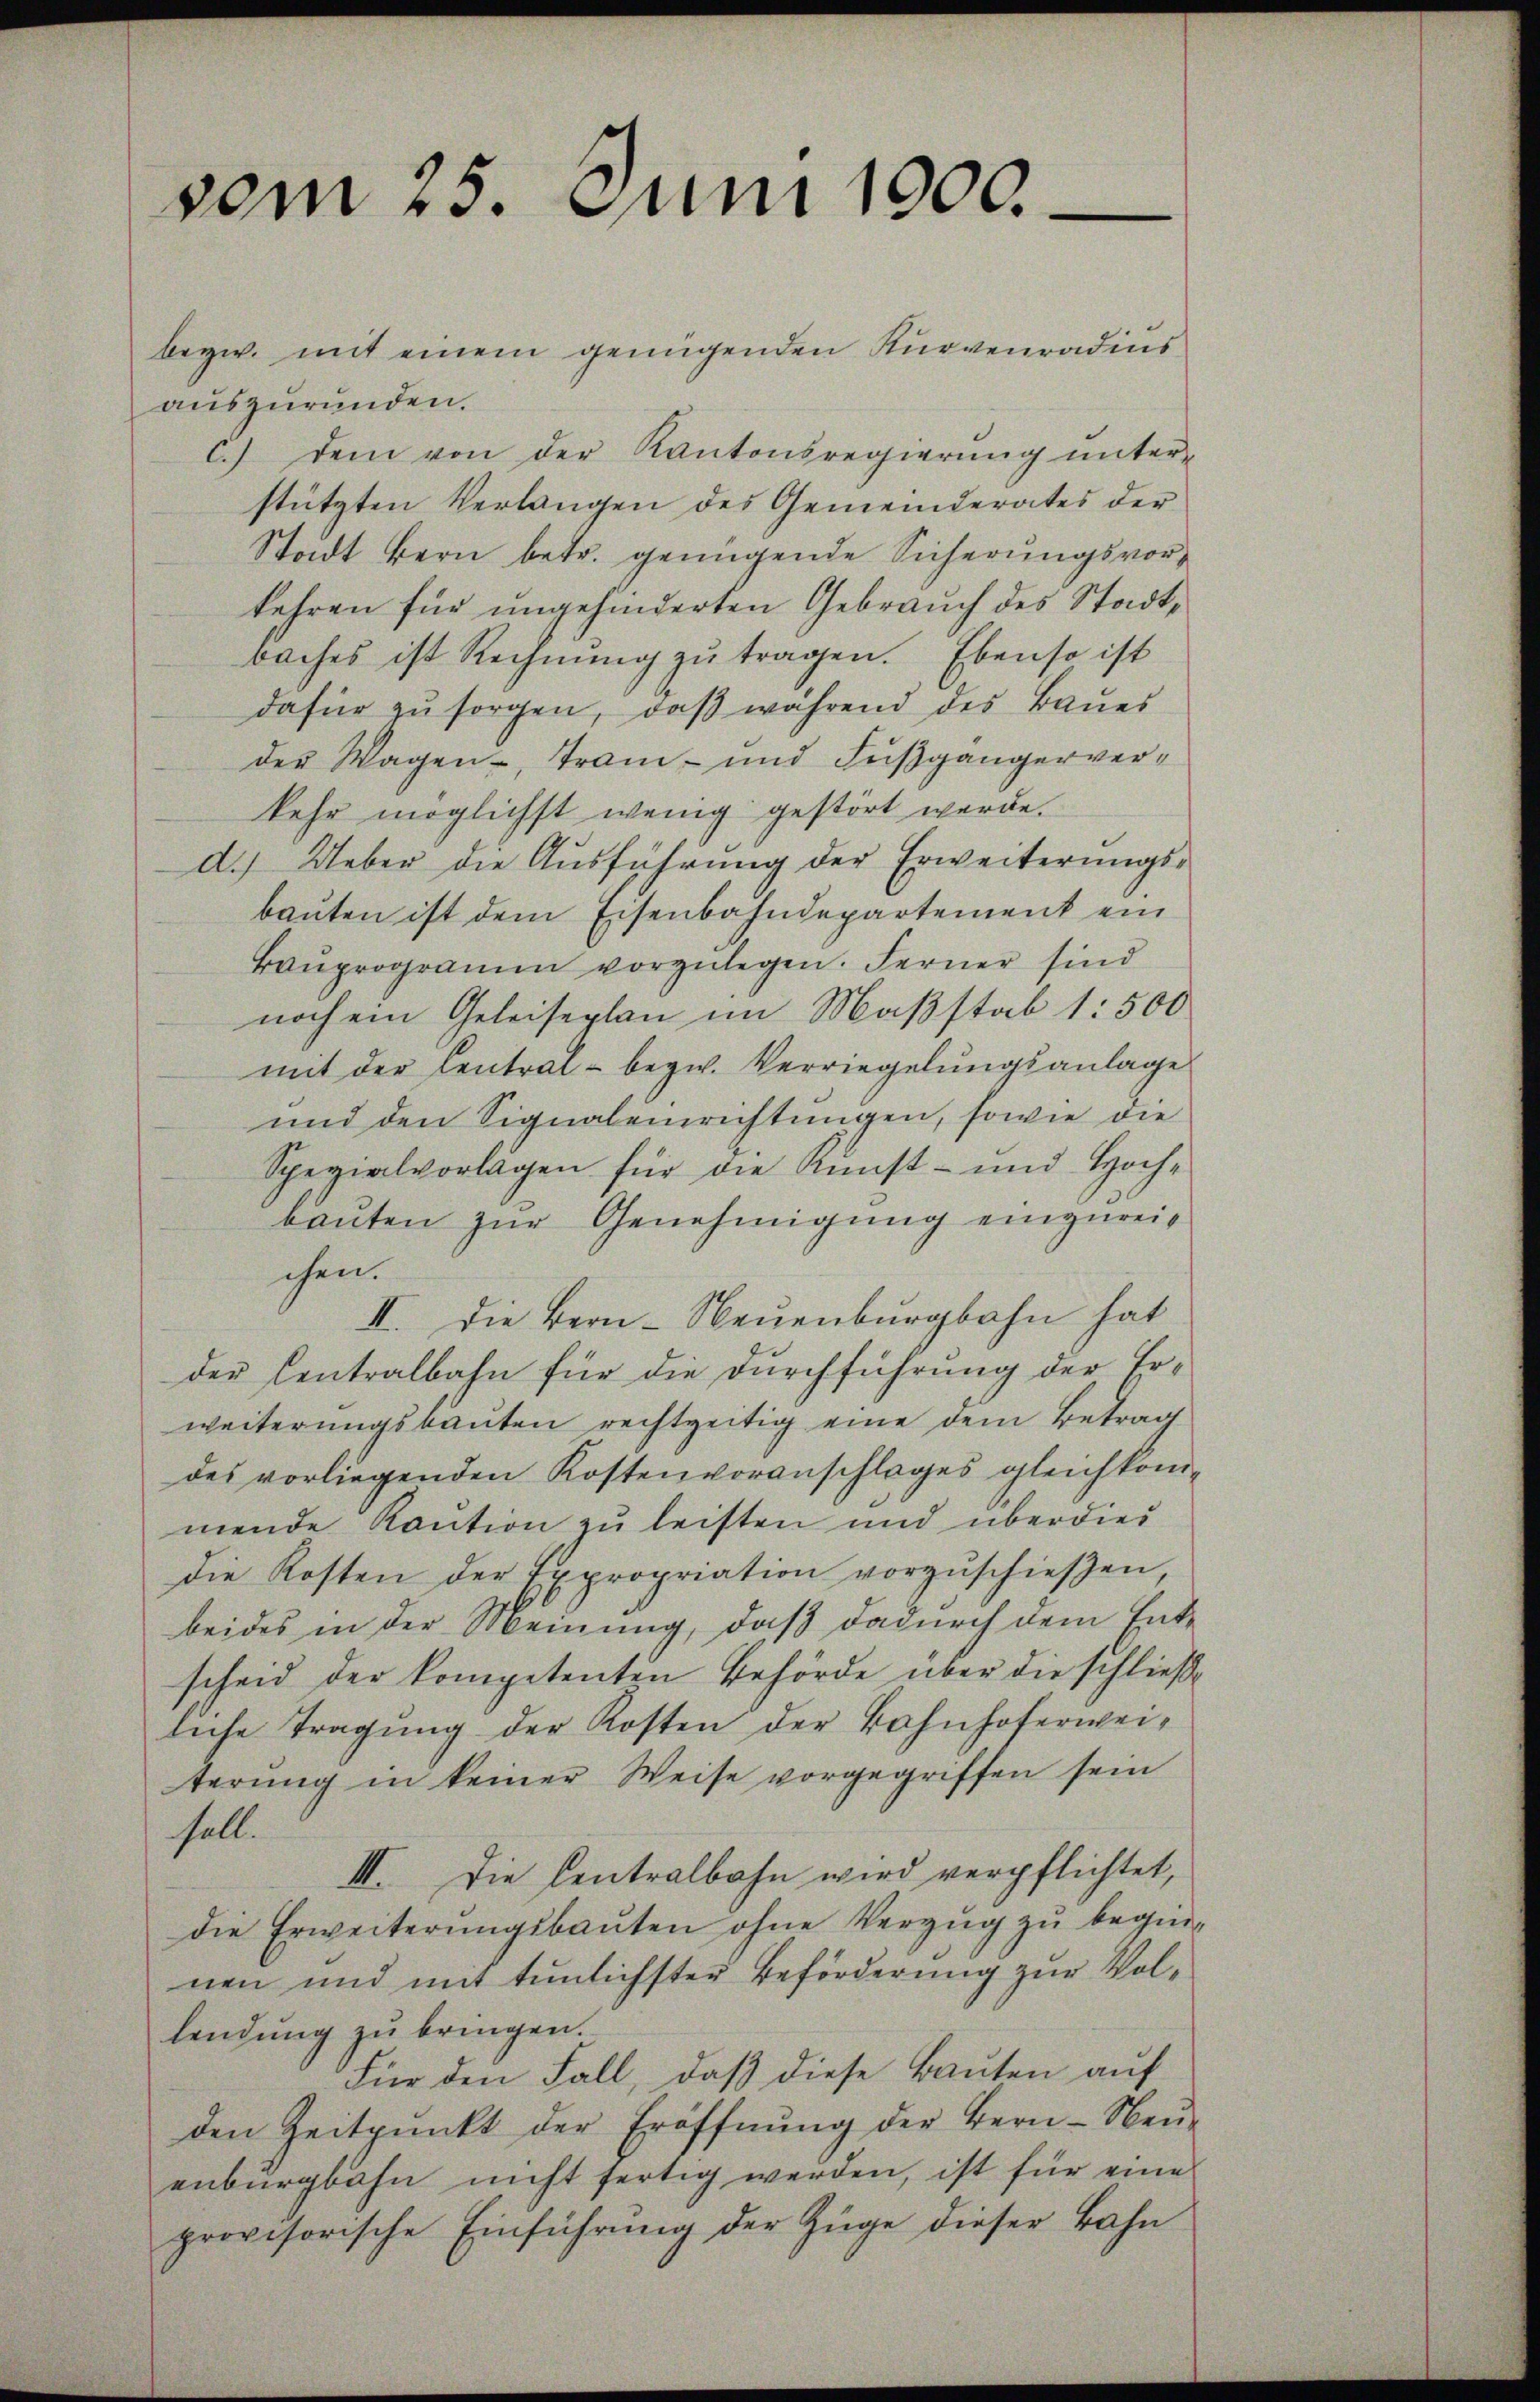
bezw. mit einem genügenden Kurvenradius
auszuründen.
c.) dem von der Kantonsregierŭng ŭnter-
stützten Verlangen des Gemeinderates der
Stadt Bern betr. genügende Sicherungsvorkehren für ungehinderten Gebrauch des Stadtbaches ist Rechnŭng zŭ tragen. Ebenso ist
dafür zu sorgen, daß während des Baues
der Wagen, Tram- und Fußgängerverkehr möglichst wenig gestört werde.
d.) Ueber die Ausführung der Erweiterungsbauten ist dem Eisenbahndepartement ein
Baŭprogramm vorzŭlegen. Ferner sind
noch ein Geleiseplan im Maßstab 1: 500
mit der Central - bezw. Verriegelungsanlage
und den Signalenrichtungen, sowie die
Spezialvorlagen für die Kunst- und Hochbaŭten zŭr Genehmigŭng einzureichen.
III. Die Bern- Neuenburgbahn hat
der Centralbahn für die Durchführung der Erweiterungsbauten rechtzeitig eine dem Betrag
des vorliegenden Kostenvoranschlages gleichkommende Kaution zu leisten und überdies
die Kosten der Expropriation vorzŭschieβen,
beides in der Meinung, daß dadurch dem Entscheid der kompetenten Behörde über die schließe
liche Tragŭng der Kosten der Bahnhoferweiterung in keiner Weise vorgegriffen sein
sall.
III. Die Centralbahn wird verpflichtet,
die Erweiterungsbauten ohne Verzug zu beginnen und mit tunlichster Beförderung zur Vollendung zu bringen.
Für den Fall, daβ diese Bauten auf
den Zeitpunkt der Eröffnŭng der Hern- Neŭ-
enburgbahn nicht fertig werden, ist für eine
provisorische Einführung der Züge dieser Bahn

vom 25. Juni 1900.